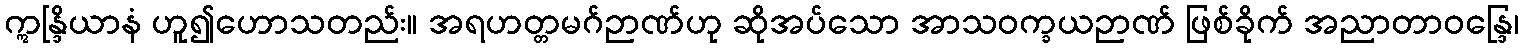
ဣန္ဒြိယာနံ ဟူ၍ဟောသတည်း။ အရဟတ္တမဂ်ဉာဏ်ဟု ဆိုအပ်သော အာသဝက္ခယဉာဏ် ဖြစ်ခိုက် အညာတာဝန္ဒြေ၊